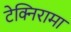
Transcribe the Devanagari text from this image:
टेक्निरामा